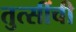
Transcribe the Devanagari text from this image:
तुत्‍सींची